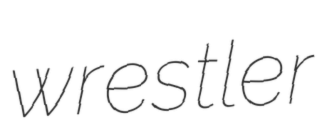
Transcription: wrestler